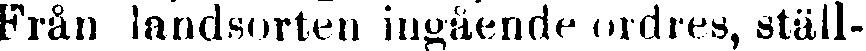
Från landsorten ingående ordres, ställ-